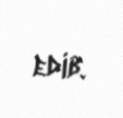
edib.